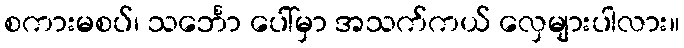
စကားမစပ်၊ သင်္ဘော ပေါ်မှာ အသက်ကယ် လှေများပါလား။